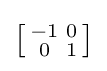
{\bigl [}{\begin{smallmatrix}-1&0\\0&1\end{smallmatrix}}{\bigr ]}